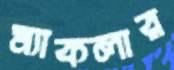
ম্যাকলার